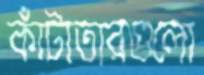
কাঁটাতারগুলো